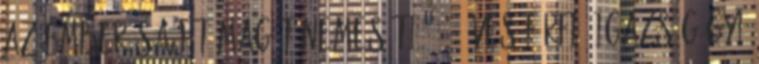
az ember saját magát nemesíti.” 41 éves férfi, igazságügyi